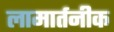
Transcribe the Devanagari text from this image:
लामार्तनीक